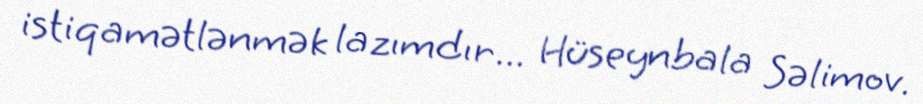
istiqamətlənmək lazımdır... Hüseynbala Səlimov.